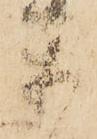
楽